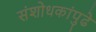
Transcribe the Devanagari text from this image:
संशोधकांपुढे